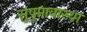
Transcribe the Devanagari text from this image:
सुषुप्तावास्था